Vital statistics of India. Vol. IV, Annual returns from 1871 to 1876. British Army of India, Native Army and jails of Bengal
Year: 1871
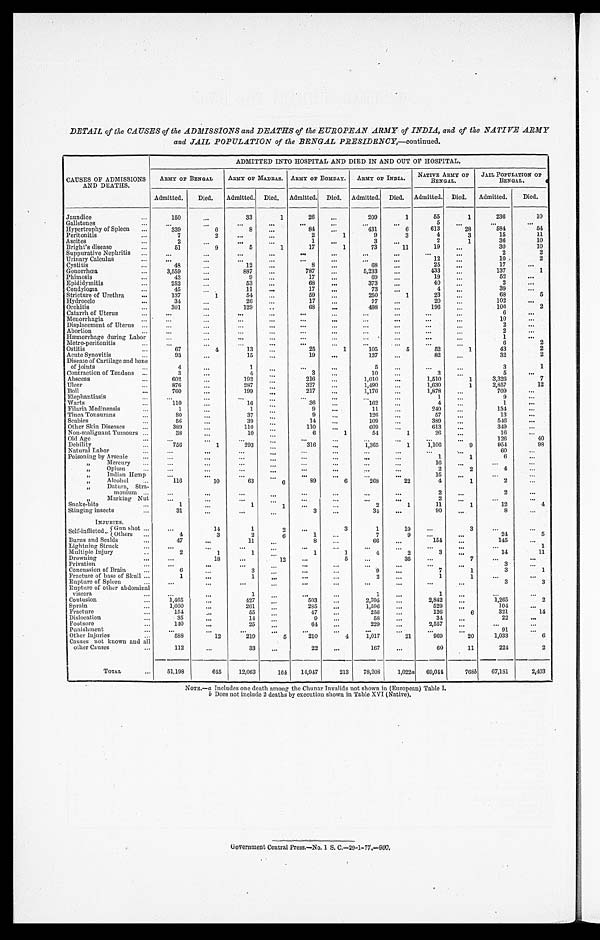
DETAIL of the CAUSES of the ADMISSIONS and DEATHS of the EUROPEAN ARMY of INDIA, and of the NATIVE ARMY
and JAIL POPULATION of the BENGAL PRESIDENCY ,—continued.
CAUSES OF ADMISSIONS
AND DEATHS.
ADMITTED INTO HOSPITAL AND DIED IN AND OUT OF HOSPITAL.
ARMY OF BENGAL
ARMY OF MADRAS. ARMY OF BOMBAY. ARMY OF INDIA.
NATIVE ARMY OF
BENGAL.
JAIL POPULATION O
F
BENGAL.
Admitted.
Died.
Admitted. Died. Admitted. Died. Admitted. Died. Admitted. Died.
Admitted.
Died.
Jaundice
...
150
...
33
1
26
...
209
1
55
1
236
10
Gallstones
...
...
...
...
. . .
. . .
...
...
...
5
. . .
. . .
. . .
Hypertrophy of Spleen
. . .
339
6
8
...
84
. . .
431
6
613
28
584
54
Peritonitis
...
7
2
...
...
2
1
9
3
4
3
15
11
Ascites
. . .
2
. . .
...
. . .
1
...
3
. . .
2
1
36
10
Bright's disease
...
51
9
5
1
17
1
73
11
19
. . .
30
10
Suppurative Nephritis ...
. . .
. . .
. . .
. . .
. . .
. . .
. . .
. . .
. . .
. . .
2
2
Urinary Calculus
...
. . .
. . .
. . .
. . .
. . .
. . .
. . .
...
12
. . .
1 0
2
Cystitis
...
48
. . .
12
. . .
8
...
68
...
25
. . .
17
. . .
Gonorrhœa
. . .
3,559
...
887
...
787
. . .
5,233
...
433
...
137
1
Phimosis
. . .
43
. . .
9
. . .
17
...
69 ...
19 ...
52
. . .
Epididymitis
...
252
...
53
...
68
. . .
373
...
4 0
. . .
2
. . .
Condyloma
. . .
4 5
. . .
11
. . .
17
...
73
...
4
...
39 ...
Stricture of Urethra
...
1 3 7
1
54
. . .
59
...
250
1
23
. . .
68
5
Hydrocele
. . .
34
. . .
26
. . .
17
. . .
77
...
20 ...
102
. . .
Orchitis
. . .
3 0 1
. . .
1 2 9
. .
6 8
. . .
498
...
1 9 6
. . .
1 0 6
2
Catarrh of Uterus
...
. . .
. . .
. . .
. . .
. . .
. . .
. . .
. . .
. . .
. . .
6
. . .
Menorrhagia
. . .
. . .
. . .
. . .
. . .
. . .
. . .
. . .
. . .
. . .
. . .
1 0
. . .
Displacement of Uterus ...
. . .
. . .
. . .
. . .
. . .
. . .
. . .
. . .
. . . ...
2
. . .
Abortion
. . .
. . .
. . .
. . .
. . .
. . .
. . .
. . . ...
. . .
...
2 ...
H æ m o r r h a g e d u r i n g L a b o r
. . .
. . .
. . .
. . .
. . .
. . .
. . .
. . .
. . .
. . .
1
. . .
Metro-peritonitis
...
. . .
. . .
. . .
. . .
. . .
. . .
. . . ...
. . .
. . .
6
2
Ostitis
. . .
6 7
4
13
. . .
2 5
1
1 0 5
5
5 2
1
4 3
2
Acute Synovitis
. . .
9 3
. . .
1 5
. . .
19
. . .
127
...
82
. . .
32
2
Disease of Cartilage and bone of joints
...
4
. . .
1
. . .
. . .
. . .
5
. . .
. . .
. . .
3
1
Contraction of Tendons ...
3
...
4
. . .
3
. . .
1 0
. . .
3
...
5
...
Abscess
...
6 0 2
. . .
1 9 2
. . .
216
. ..
1,010
...
1,510
1
3,326
7
Ulcer
. . .
876
. . .
2 8 7
. . .
327
. . .
1,490 ...
1,630
1
2,857
12
Boil
...
760
...
199
. . . 217
. . .
1 , 1 7 6
. . .
1,878
...
709
. . .
Elephantiasis
. . .
. . .
. . .
. . .
. . .
. . .
. . .
. . .
. . .
1
. . .
9 ...
Warts
. . .
1 1 0
. . .
16
. . .
36
...
1 6 2
. . .
4 ...
1
. . .
Filaria Medinensis
...
1
...
1
. . .
9
...
11 ...
2 4 0
. . .
1 3 4
. . .
Tinea Tonsurans
...
8 0
. . .
37
. . .
9
. . .
1 2 6
. . .
5 7
. . .
1 3
. . .
Scabies
...
56
. . .
3 9
. . .
1 4
. . .
1 0 9
. . .
3 8 9
. . .
546 ...
Other Skin Diseases
...
3 8 9
. . .
1 1 0
. . .
1 1 0
. . .
6 0 9 ...
613
. . .
349 ...
Non-malignant Tumours ...
38
...
1 0
. . .
6
1
54
1
26
...
16
...
Old Age
. . .
. . .
. . .
. . .
. . .
. . .
. . .
. . .
. . .
. . .
. . .
126
40
Debility
. . .
756
1
2 9 3
. . .
3 1 6
. . .
1 , 3 6 5
1
1,106
9
954
98
Natural Labor
...
. . .
. . .
. . .
. . .
. . .
. . .
. . .
. . .
. . .
. . .
60
...
Poisoning by Arsenic
...
. . .
. . .
. . .
. . .
. . .
. . .
. . .
. . .
1
1
6 ...
,,
Mercury
...
. . .
. . .
. . .
. . .
. . .
. . .
. . .
. . .
1 6
. . .
. . .
. . .
, , O p i u m
...
. . .
. . .
. . .
. . .
. . .
. . .
. . .
. . .
2
2
4
. . .
,, Indian Hemp
. . .
. . .
. . .
. . .
. . .
. . .
. . .
. . .
1 5
. . .
. . .
. . .
,,
Alcohol
...
116
10
6 3
6
8 9
6
268
22
4
1
2
...
,, Datura, Stra-
monium
. . .
. . .
. . .
. . .
. . .
. . .
. . .
. . .
. . .
2
. . .
2
. . .
, , M a r k i n g
N u t
. . .
. . .
. . .
. . .
. . .
. . .
. . . ...
2
. . .
. . .
. . .
Snake-bite
...
1
. . .
1
1
...
. . .
2
1
11
1
12
4
Stinging insects
...
3 1
. . .
. . .
. . .
3
...
34
...
9 0
. . .
8
. . .
INJURIES.
Self-inflicted ..
Gun shot . . .
. . .
14
1
2
. . .
3
1
1 9
. . .
3
. . .
. . .
Others ...
4
3
2
6
1
...
7
9
...
...
24
5
Burns and Scalds
. . .
4 7
. . .
11
. . .
8
...
66
. . .
1 5 4
. . .
145
. . .
Lightning Struck
...
. . .
. . .
. . .
. . .
. . .
. . .
. . .
. . .
. . .
. . .
. . .
1
Multiple Injury
..
2
1
1
. . .
1
1
4
2
3
. . .
1 4
11
Drowning
...
...
18
...
1 2
. . .
5
. . .
35
...
7
. . .
...
Privation
. . .
. . .
. . .
. . .
. . .
. . .
. . .
. . .
. . .
. . .
. . .
3 ...
Concussion of Brain
...
6
. . .
3
. . .
. . .
. . .
9
. . .
7
1
3
1
Fracture of base of Skull ...
1
...
1
. . .
. . .
. . .
2 ...
1
1
. . .
. . .
Rupture of Spleen
. . .
. . .
. . .
. . .
. . .
. . .
. . .
. . .
. . .
. . .
. . .
3
3
Rupture of other abdominal viscera ...
. . .
. . .
1
. . .
. . .
. . .
1
...
1
...
. . .
. . .
Contusion
. . .
1,465
. . .
427
. . .
503
...
2,395 ...
2,842
. . .
1,265
2
Sprain
. . .
1 , 0 5 0
. . .
2 6 1
. . .
2 8 5
. . .
1,596
...
529
. . .
1 0 4
. . .
Fracture
. . .
1 5 4
. . .
5 5
. . .
47
. . .
256 ...
126
6
321
14
Dislocation
. . .
3 5
. . .
1 4
. . .
9
. . .
5 8
. . .
3 4
...
2 2
. . .
Footsore
. . .
140
. . .
25
...
64
. . .
229 ...
2,557
. . .
. . .
. . .
Punishment
. . .
. . .
. . .
. . .
. . .
. . .
. . .
. . . ...
. . .
. . .
9 1
...
Other Injuries
. . .
5 8 8
12
219
5
210
4
1,017
21
969
20
1,033
6
Causes not known and all
other Causes
...
1 1 2
. . .
3 3
. . .
22
. . .
167
. . .
6 0
1 1
2 2 4
2
T O T A L
. . .
5 1 , 1 9 8
6 4 5
12,063
1 6 4
14,947
213
78,208
1,022a
69,044
7 6 8
b
67,181
2,403
NOTE.—a Includes one death among the Chunar Invalids not shown in (European) Table I.
b Does not include 2 deaths by execution shown in Table XVI (Native).
Government Central Press.—No. 1 S. C.—29—1—77.—900.